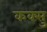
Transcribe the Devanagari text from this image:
कक्सु